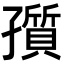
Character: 𡦫